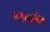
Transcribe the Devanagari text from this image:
परफारमेंस